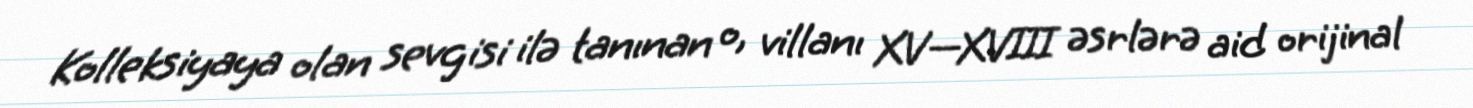
Kolleksiyaya olan sevgisi ilə tanınan o, villanı XV—XVIII əsrlərə aid orijinal